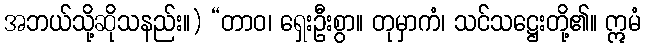
အဘယ်သို့ဆိုသနည်း။) “တာဝ၊ ရှေးဦးစွာ။ တုမှာကံ၊ သင်သဋ္ဌေးတို့၏။ ဣမံ